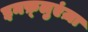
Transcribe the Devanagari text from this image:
इनफ़्लुएंज़ा